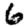
Digit: 6